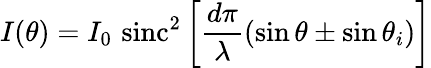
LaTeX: I(\theta)=I_{0}\, \operatorname{sinc}^{2}\left[{\frac{d\pi}{\lambda}}(\sin\theta\pm\sin\theta_{i})\right]